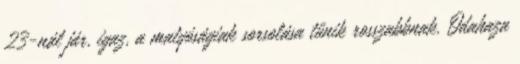
23-nál jár, igaz, a matyóságiak sorsolása tűnik rosszabbnak. Odahaza